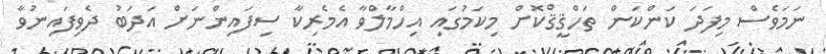
ނަމަވެސް މިފަދަ ކަންކަން ތަހްޤީޤްކޮށް މިކަމުގައި އިހްމާލްވާ އެމެރިކާ ސިފައިންނަށް އަދަބު ދެވިފައިނުވާ